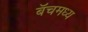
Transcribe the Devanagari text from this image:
बॅचमध्य